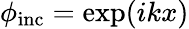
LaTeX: \phi_{\mathrm{inc}}=\exp(ikx)